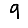
Digit: 9